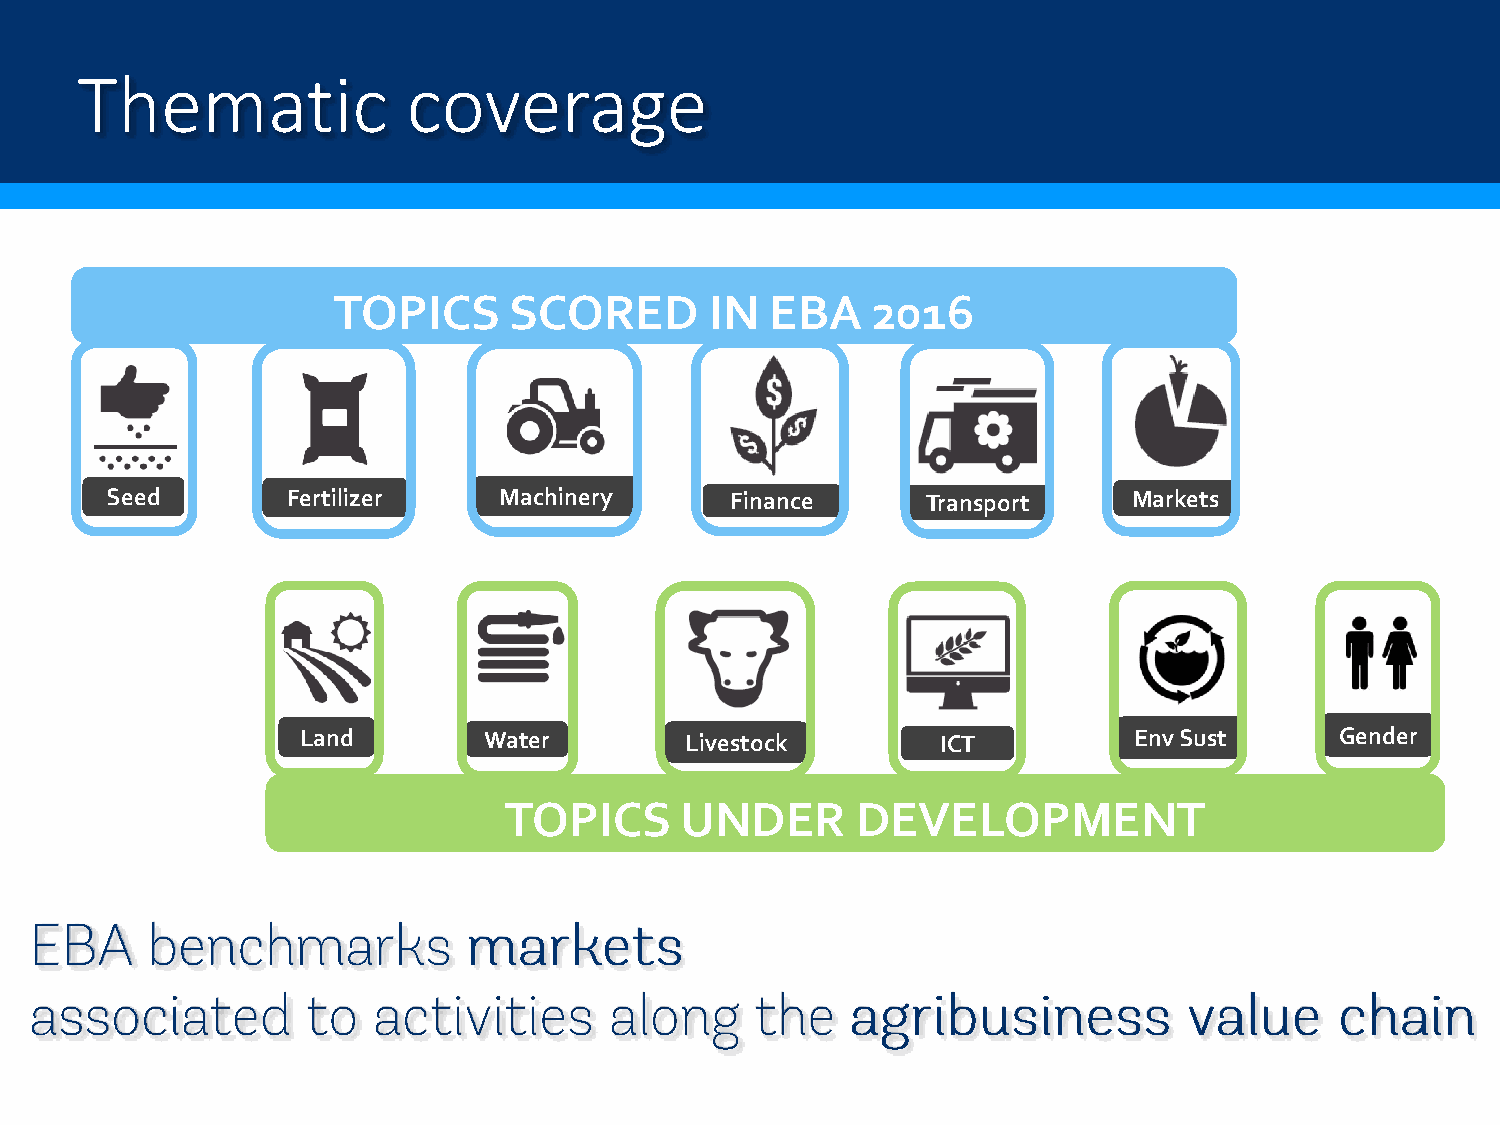
Thematic              coverage
 TOPICS      SCORED       IN  EBA    2016
 Seed        Fertilizer    Machinery      Finance      Transport     Markets
 Land        Water        Livestock        ICT          EnvSust       Gender
 TOPICS      UNDER       DEVELOPMENT
 6